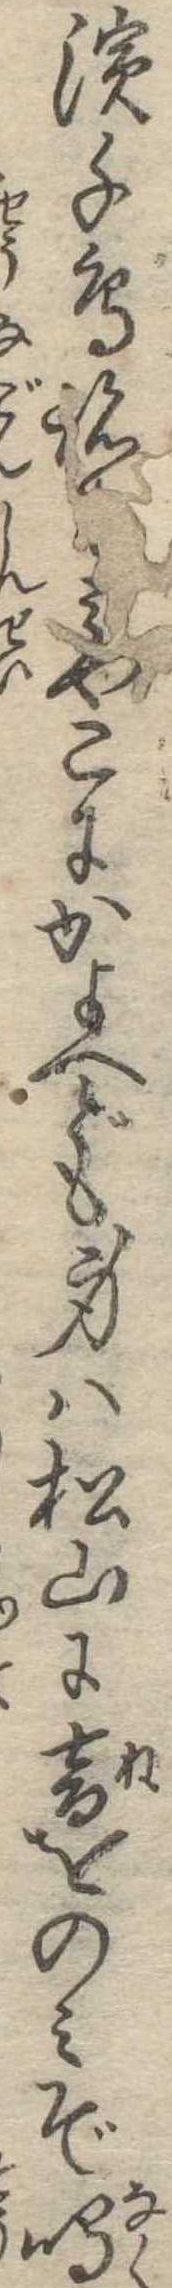
浜千鳥跡みやこにかよへども身は松山に音をのみぞ鳴